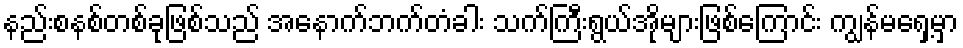
နည်းစနစ်တစ်ခုဖြစ်သည် အနောက်ဘက်တံခါး သက်ကြီးရွယ်အိုများဖြစ်ကြောင်း ကျွန်မရှေ့မှာ